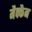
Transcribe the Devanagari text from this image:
मैक्कैन